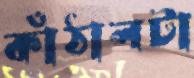
কাঁঠালটা